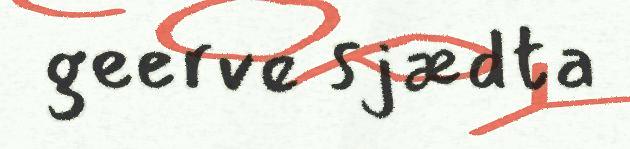
geerve sjædta